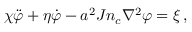
\chi \ddot { \varphi } + \eta \dot { \varphi } - a ^ { 2 } J n _ { c } \nabla ^ { 2 } \varphi = \xi \, ,